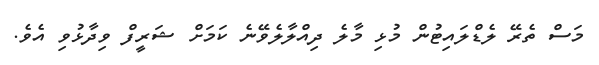
މަސް ތެރޭ ލެޑްލައިޓުން މުޅި މާލެ ދިއްލާލެވޭނެ ކަމަށް ޝަރީފް ވިދާޅުވި އެވެ.